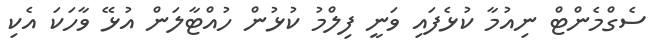
ސެގްމެންޓް ނިއުމާ ކުޅެފައި ވަނީ ފިލްމު ކުޅުން ހުއްޓާލަން އުޅޭ ވާހަކަ އެކި